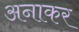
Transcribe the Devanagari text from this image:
अनाकर